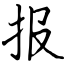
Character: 报